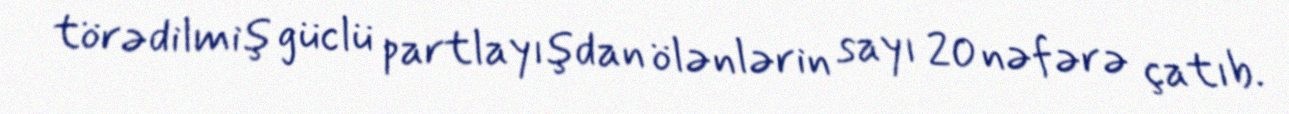
törədilmiş güclü partlayışdan ölənlərin sayı 20 nəfərə çatıb.